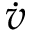
\dot { v }